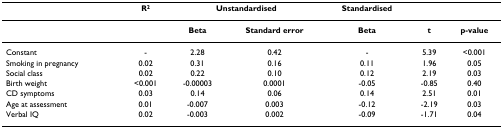
|  | R2 | <COLSPAN=2> Unstandardised | Standardised |  |  |
 | --- | --- | --- | --- | --- | --- | --- |
 |  |  | Beta | Standard error | Beta | t | p-value |
 | Constant | - | 2.28 | 0.42 | - | 5.39 | <0.001 |
 | Smoking in pregnancy | 0.02 | 0.31 | 0.16 | 0.11 | 1.96 | 0.05 |
 | Social class | 0.02 | 0.22 | 0.10 | 0.12 | 2.19 | 0.03 |
 | Birth weight | <0.001 | -0.00003 | 0.0001 | -0.05 | -0.85 | 0.40 |
 | CD symptoms | 0.03 | 0.14 | 0.06 | 0.14 | 2.51 | 0.01 |
 | Age at assessment | 0.01 | -0.007 | 0.003 | -0.12 | -2.19 | 0.03 |
 | Verbal IQ | 0.02 | -0.003 | 0.002 | -0.09 | -1.71 | 0.04 |